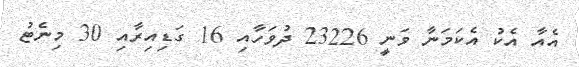
އެއާ އެކު އެކަމަނާ ވަނީ 23226 ދުވަހާއި 16 ގަޑިއިރާއި 30 މިނެޓު